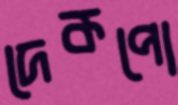
দেকপো